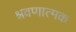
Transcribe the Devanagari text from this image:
श्रवणात्मक